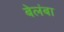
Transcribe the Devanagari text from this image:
बेलंबा